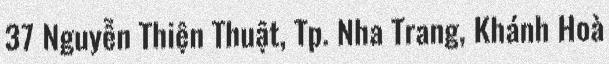
37 Nguyễn Thiện Thuật, Tp. Nha Trang, Khánh Hoà